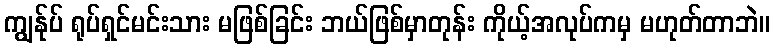
ကျွန်ုပ် ရုပ်ရှင်မင်းသား မဖြစ်ခြင်း ဘယ်ဖြစ်မှာတုန်း ကိုယ့်အလုပ်ကမှ မဟုတ်တာဘဲ။